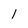
Character: 1